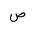
Letter: _sad